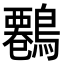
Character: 𪄷